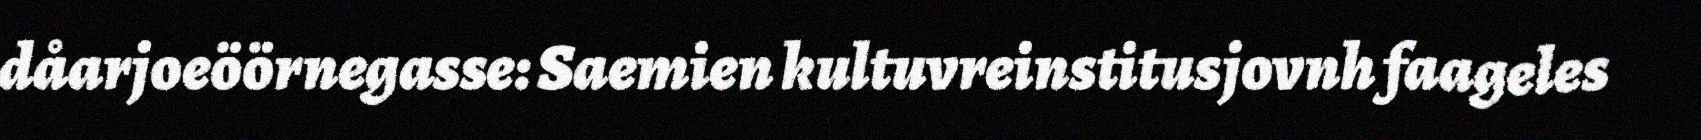
dåarjoeöörnegasse: Saemien kultuvreinstitusjovnh faageles